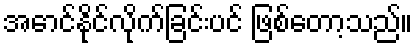
အောင်နိုင်လိုက်ခြင်းပင် ဖြစ်တော့သည်။